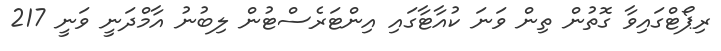
ރިޕޯޓްގައިވާ ގޮތުން ތިން ވަނަ ކުއާޓާގައި އިންޓަރެސްޓުން ލިބުނު އާމްދަނީ ވަނީ 217